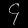
Digit: ၄